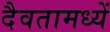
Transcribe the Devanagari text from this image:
दैवतामध्यें